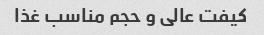
کیفت عالی و حجم مناسب غذا